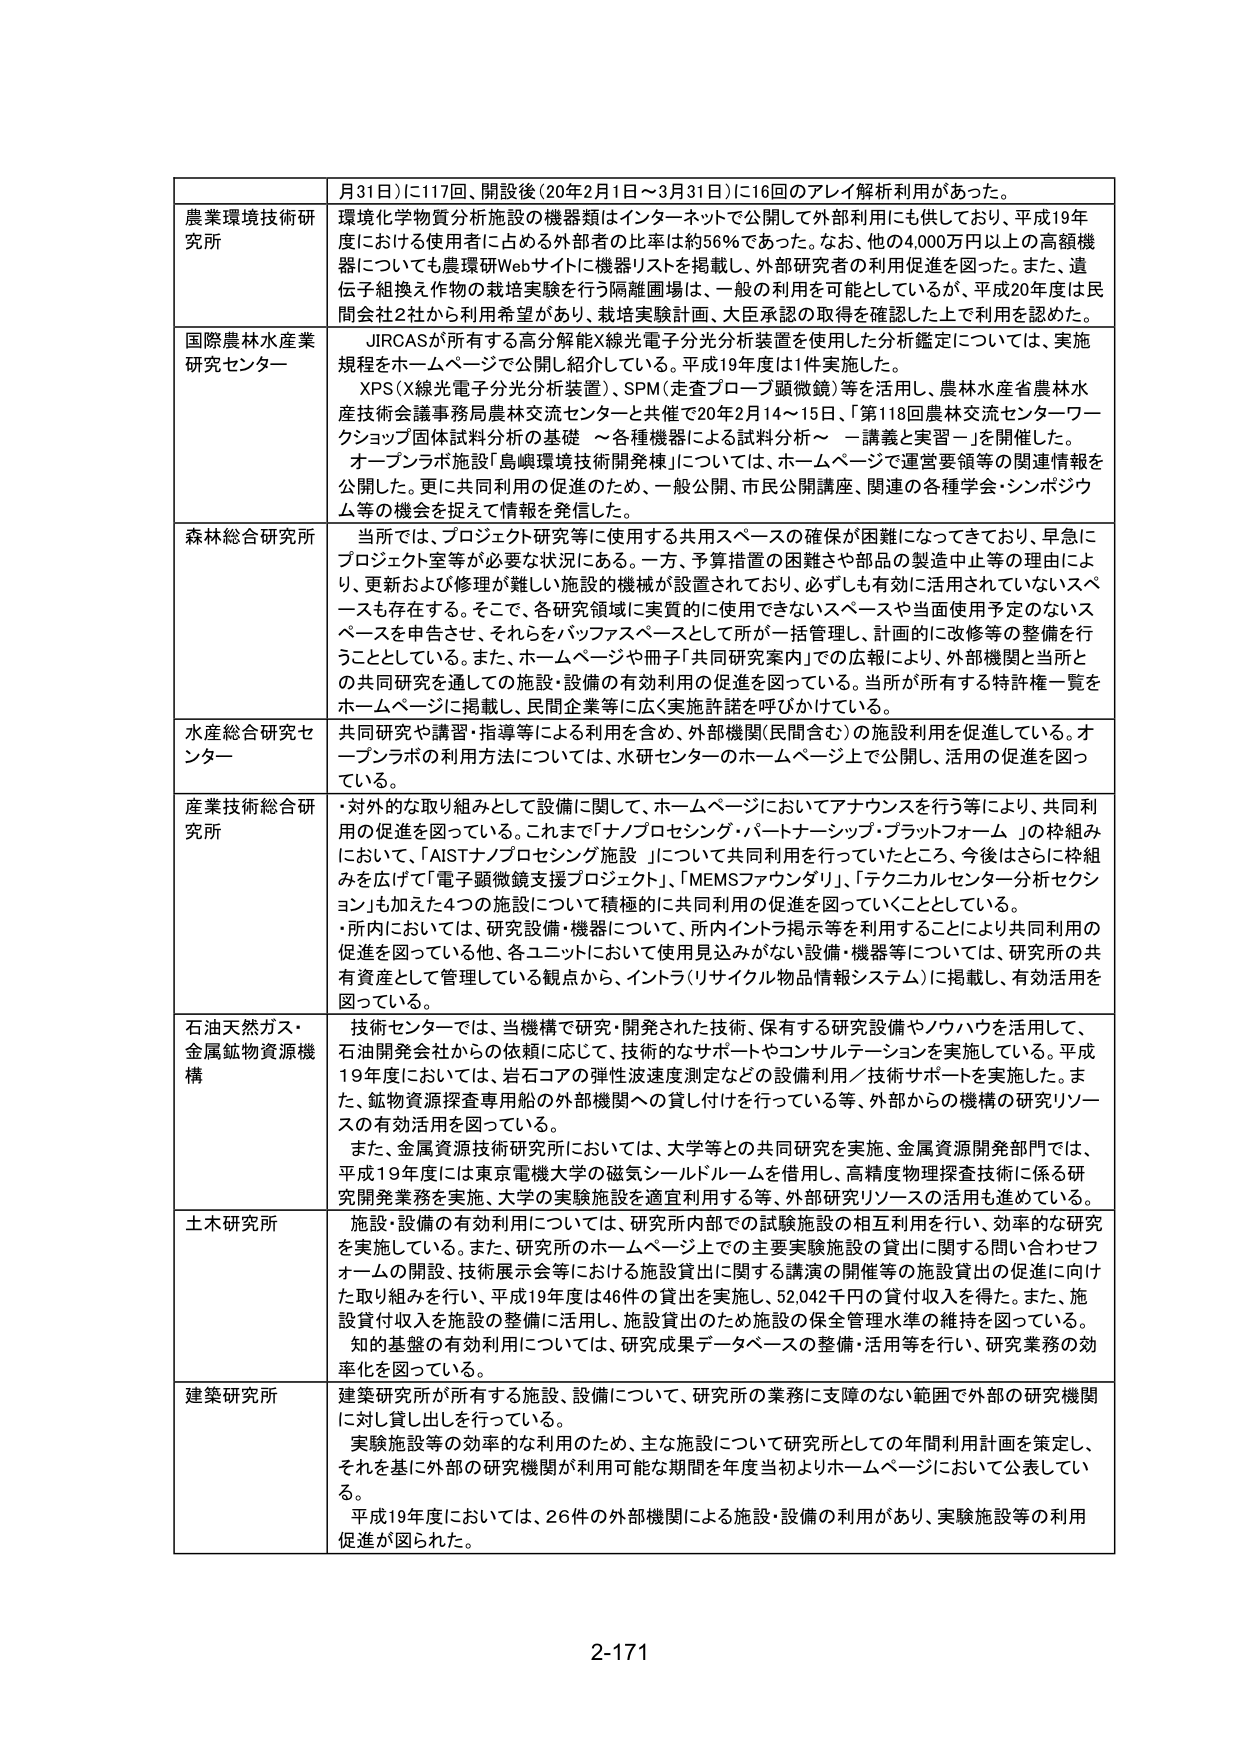
月31日）に117回、開設後（20年2月1日～3月31日）に16回のアレイ解析利用があった。

農業環境技術研究所
環境化学物質分析施設の機器類はインターネットで公開して外部利用にも供しており、平成19年度における使用者に占める外部者の比率は約56％であった。なお、他の4,000万円以上の高額機器についても農環研Webサイトに機器リストを掲載し、外部研究者の利用促進を図った。また、遺伝子組換え作物の栽培実験を行う隔離圃場は、一般の利用を可能としているが、平成20年度は民間会社2社から利用希望があり、栽培実験計画、大臣承認の取得を確認した上で利用を認めた。

国際農林水産業研究センター
JIRCASが所有する高分解能X線光電子分光分析装置を使用した分析鑑定については、実施規程をホームページで公開し紹介している。平成19年度は1件実施した。
XPS（X線光電子分光分析装置）、SPM（走査プローブ顕微鏡）等を活用し、農林水産省農林水産技術会議事務局農林交流センターと共催で20年2月14～15日、「第118回農林交流センターワークショップ固体試料分析の基礎 ～各種機器による試料分析～ 一講義と実習一」を開催した。
オープンラボ施設「島嶼環境技術開発棟」については、ホームページで運営要領等の関連情報を公開した。更に共同利用の促進のため、一般公開、市民公開講座、関連の各種学会・シンポジウム等の機会を捉えて情報を発信した。

森林総合研究所
当所では、プロジェクト研究等に使用する共用スペースの確保が困難になってきており、早急にプロジェクト室等が必要な状況にある。一方、予算措置の困難さや部品の製造中止等の理由により、更新および修理が難しい施設の機械が設置されており、必ずしも有効に活用されていないスペースも存在する。そこで、各研究領域に実質的に使用できないスペースや当面使用予定のないスペースを申告させ、それらをバッファスペースとして所が一括管理し、計画的に改修等の整備を行うこととしている。また、ホームページや冊子「共同研究室内」での広報により、外部機関と当所との共同研究を通じての施設・設備の有効利用の促進を図っている。当所が所有する特許権一覧をホームページに掲載し、民間企業等に広く実施許諾を呼びかけている。

水産総合研究センター
共同研究や講習・指導等による利用を含め、外部機関（民間含む）の施設利用を促進している。オープンラボの利用方法については、水研センターのホームページ上で公開し、活用の促進を図っている。

産業技術総合研究所
・対外的な取り組みとして設備に関して、ホームページにおいてアナウンスを行う等により、共同利用の促進を図っている。これまで「ナノプロセシング・パートナーシップ・プラットフォーム」の枠組みにおいて、「AISTナノプロセシング施設」について共同利用を行っていたところ、今後はさらに枠組みを広げて「電子顕微鏡支援プロジェクト」、「MEMSファウンダリ」、「テクニカルセンター分析セクション」も加えた4つの施設について積極的に共同利用の促進を図っていくこととしている。
・所内においては、研究設備・機器について、所内イントラ掲示等を活用することにより共同利用の促進を図っている他、各ユニットにおいて使用見込みがない設備・機器等については、研究所の共有資産として管理している観点から、イントラ（リサイクル物品情報システム）に掲載し、有効活用を図っている。

石油天然ガス・金属鉱物資源機構
技術センターでは、当機構で研究・開発された技術、保有する研究設備やノウハウを活用して、石油開発会社からの依頼に応じて、技術的なサポートやコンサルテーションを実施している。平成19年度においては、岩石コアの弾性波速度測定などの設備利用／技術サポートを実施した。また、鉱物資源探査専用船の外部機関への貸し付けを行っている等、外部からの機構の研究リソースの有効活用を図っている。
また、金属資源技術研究所においては、大学等との共同研究を実施、金属資源開発部門では、平成19年度には東京電機大学の磁気シールドルームを借用し、高精度物理探査技術に係る研究開発業務を実施、大学の実験施設を適宜利用する等、外部研究リソースの活用も進めている。

土木研究所
施設・設備の有効利用については、研究所内部での試験施設の相互利用を行い、効率的な研究を実施している。また、研究所のホームページ上での主要実験施設の貸出に関する問い合わせフォームの開設、技術展示会等における施設貸出に関する講演の開催等の施設貸出の促進に向けた取り組みを行い、平成19年度は46件の貸出を実施し、52,042千円の貸付収入を得た。また、施設貸付収入を施設の整備に活用し、施設貸出のため施設の保全管理水準の維持を図っている。
知の基盤の有効利用については、研究成果データベースの整備・活用等を行い、研究業務の効率化を図っている。

建築研究所
建築研究所が所有する施設、設備について、研究所の業務に支障のない範囲で外部の研究機関に対し貸し出しを行っている。
実験施設等の効率的な利用のため、主な施設について研究所としての年間利用計画を策定し、それを基に外部の研究機関が利用可能な期間を年度当初よりホームページにおいて公表している。
平成19年度においては、26件の外部機関による施設・設備の利用があり、実験施設等の利用促進が図られた。

2-171